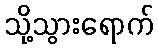
သို့သွားရောက်